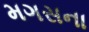
મગસના